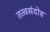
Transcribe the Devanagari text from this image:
तत्वसंदोह